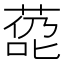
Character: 㗡